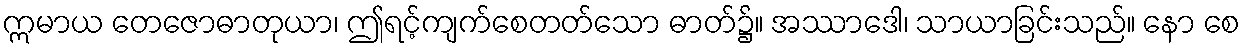
ဣမာယ တေဇောဓာတုယာ၊ ဤရင့်ကျက်စေတတ်သော ဓာတ်၌။ အဿာဒေါ၊ သာယာခြင်းသည်။ နော စေ